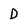
Character: D